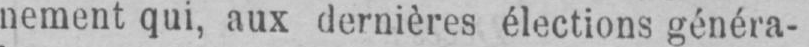
nement qui, aux dernières élections généra-